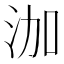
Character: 泇